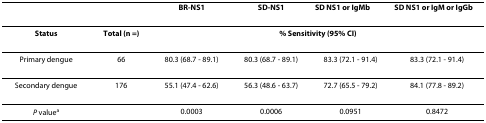
<table><thead><tr><td></td><td></td><td><b>BR-NS1</b></td><td><b>SD-NS1</b></td><td><b>SD NS1 or IgM<sup>b</sup></b></td><td><b>SD NS1 or IgM or IgG<sup>b</sup></b></td></tr></thead><tbody><tr><td><b>Status</b></td><td><b>Total (n =)</b></td><td colspan="4"><b>% Sensitivity (95% CI)</b></td></tr><tr><td>Primary dengue</td><td>66</td><td>80.3 (68.7 - 89.1)</td><td>80.3 (68.7 - 89.1)</td><td>83.3 (72.1 - 91.4)</td><td>83.3 (72.1 - 91.4)</td></tr><tr><td>Secondary dengue</td><td>176</td><td>55.1 (47.4 - 62.6)</td><td>56.3 (48.6 - 63.7)</td><td>72.7 (65.5 - 79.2)</td><td>84.1 (77.8 - 89.2)</td></tr><tr><td><i>P </i>value<sup>a</sup></td><td></td><td>0.0003</td><td>0.0006</td><td>0.0951</td><td>0.8472</td></tr></tbody></table>